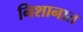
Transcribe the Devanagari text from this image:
निशानात